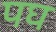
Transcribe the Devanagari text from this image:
पघ